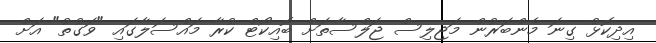
އިދިކޮޅު ގިނަ މެންބަރުން މަޖިލިސް ޖަލްސާތަށް ބޮއިކޯޓް ކުރާ މައްސަލާގައި "ވަގުތު" އަށް